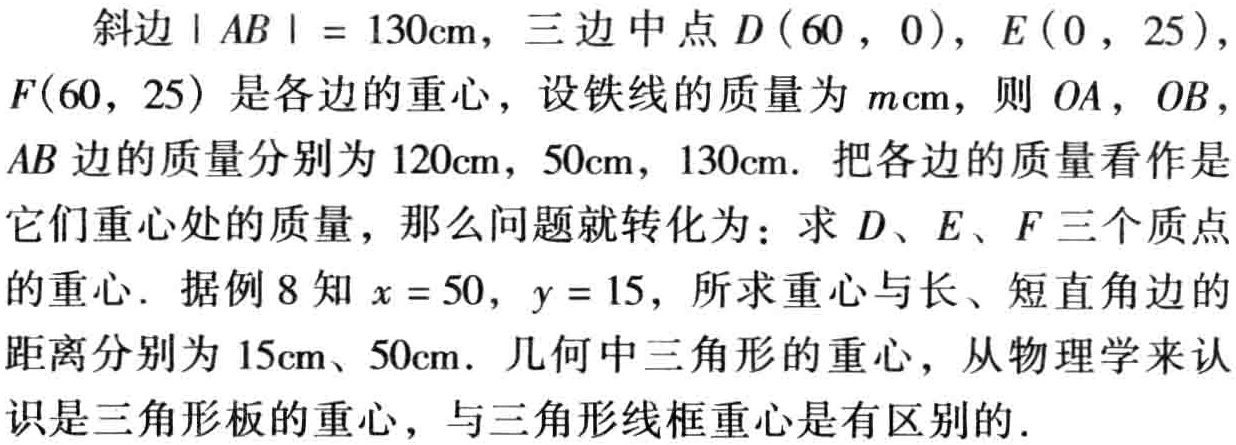
斜边 \(|AB| = 130\text{cm}\)，三边中点 \(D(60,0)\)，\(E(0,25)\)，\(F(60,25)\) 是各边的重心，设铁线的质量为 \(m\text{cm}\)，则 \(OA\)，\(OB\)，\(AB\) 边的质量分别为 \(120\text{cm}\)，\(50\text{cm}\)，\(130\text{cm}\). 把各边的质量看作是它们重心处的质量，那么问题就转化为：求 \(D\)、\(E\)、\(F\) 三个质点的重心. 据例 8 知 \(x = 50\)，\(y = 15\)，所求重心与长、短直角边的距离分别为 \(15\text{cm}\)、\(50\text{cm}\). 几何中三角形的重心，从物理学来认识是三角形板的重心，与三角形线框重心是有区别的.